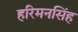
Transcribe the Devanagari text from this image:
हरिमनसिंह